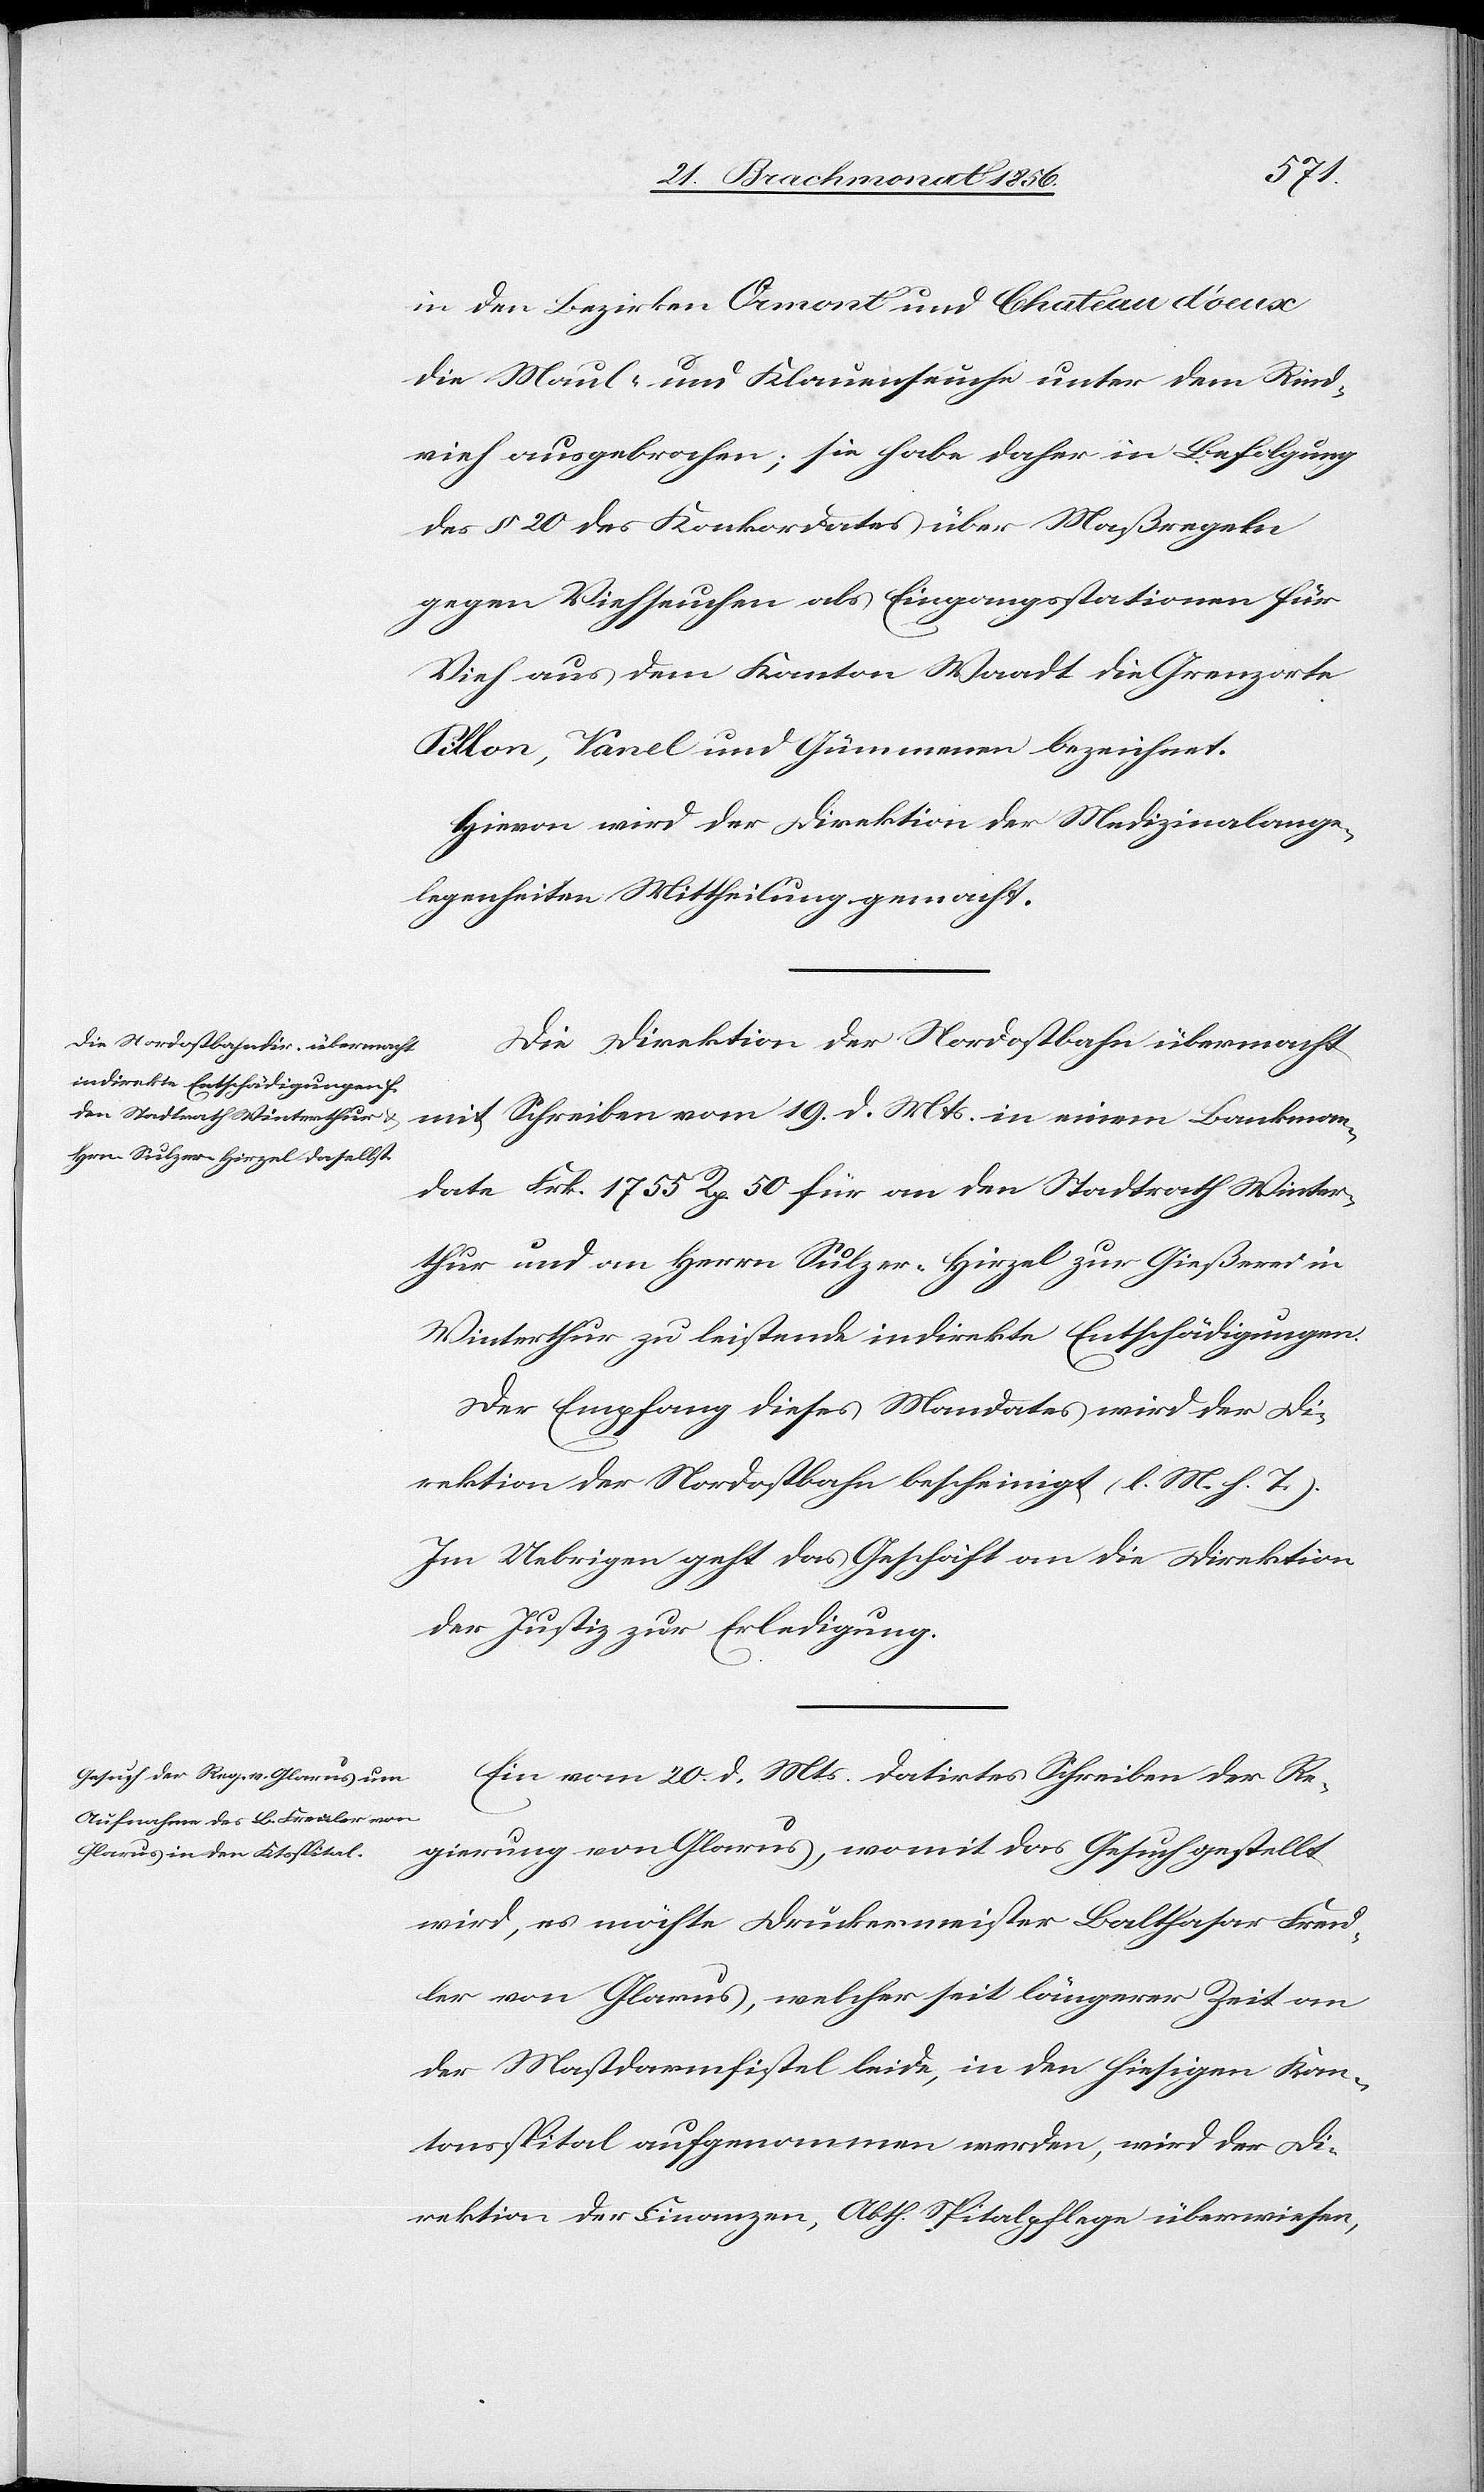
in den Bezirken Ormont und Chateau d'oeux
die Maul- und Klauenseuche unter dem Rind¬
vieh ausgebrochen; sie habe daher in Befolgung
des § 20 des Konkordates über Maßregeln
gegen Viehseuchen als Eingangsstationen für
Vieh aus dem Kanton Waadt die Grenzorte
Pillon, Vanel und Gümmenen bezeichnet.
Hievon wird der Direktion der Medizinalange¬
legenheiten Mittheilung gemacht.
Die Direktion der Nordostbahn übermacht
mit Schreiben vom 19. d. Mts. in einem Bankman¬
date Frk. 1755 Rp. 50 für an den Stadtrath Winter¬
thur und an Herrn Sulzer-Hirzel zur Gießerei in
Winterthur zu leistende indirekte Entschädigungen.
Der Empfang dieses Mandates wird der Di¬
rektion der Nordostbahn bescheinigt (l. M. h. T.).
Im Uebrigen geht das Geschäft an die Direktion
der Justiz zur Erledigung.
Ein vom 20. d. Mts. datirtes Schreiben der Re¬
gierung von Glarus, womit das Gesuch gestellt
wird, es möchte Druckermeister Balthasar Freu¬
ler von Glarus, welcher seit längerer Zeit an
der Mastdarmfistel leide, in den hiesigen Kan¬
tonsspital aufgenommen werden, wird der Di¬
rektion der Finanzen, Abth. Spitalpflege überwiesen,